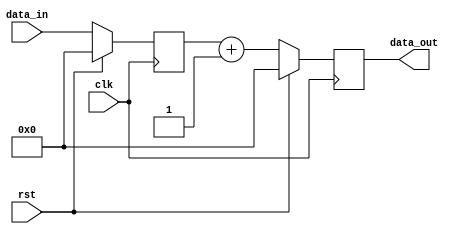
module sequential_logic (
    input wire clk,        // Clock signal
    input wire rst,        // Reset signal
    input wire [7:0] data_in, // Example input data
    output reg [7:0] data_out // Example output data
);

    // Internal state variable
    reg [7:0] state;

    // Behavioral modeling block with positive edge sensitivity
    always @(posedge clk) begin
        if (rst) begin
            // Synchronous reset: Initialize state
            state <= 8'b0;       // Set state to 0 on reset
            data_out <= 8'b0;    // Clear output on reset
        end else begin
            // Sequential logic: Update state and output
            state <= data_in;    // Update state with input data
            data_out <= state + 1; // Example operation: Increment state for output
        end
    end

endmodule